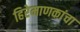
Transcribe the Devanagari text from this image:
हिरेमाणकांचा